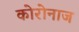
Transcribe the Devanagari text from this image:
कोरोनाज